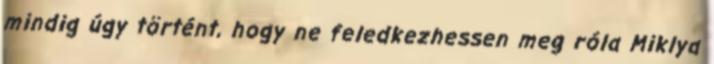
mindig úgy történt, hogy ne feledkezhessen meg róla Miklya